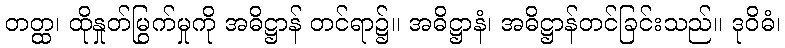
တတ္ထ၊ ထိုနှုတ်မြွက်မှုကို အဓိဋ္ဌာန် တင်ရာ၌။ အဓိဋ္ဌာနံ၊ အဓိဋ္ဌာန်တင်ခြင်းသည်။ ဒုဝိဓံ၊